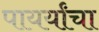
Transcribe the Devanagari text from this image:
पायर्यांचा